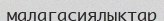
малагасиялықтар